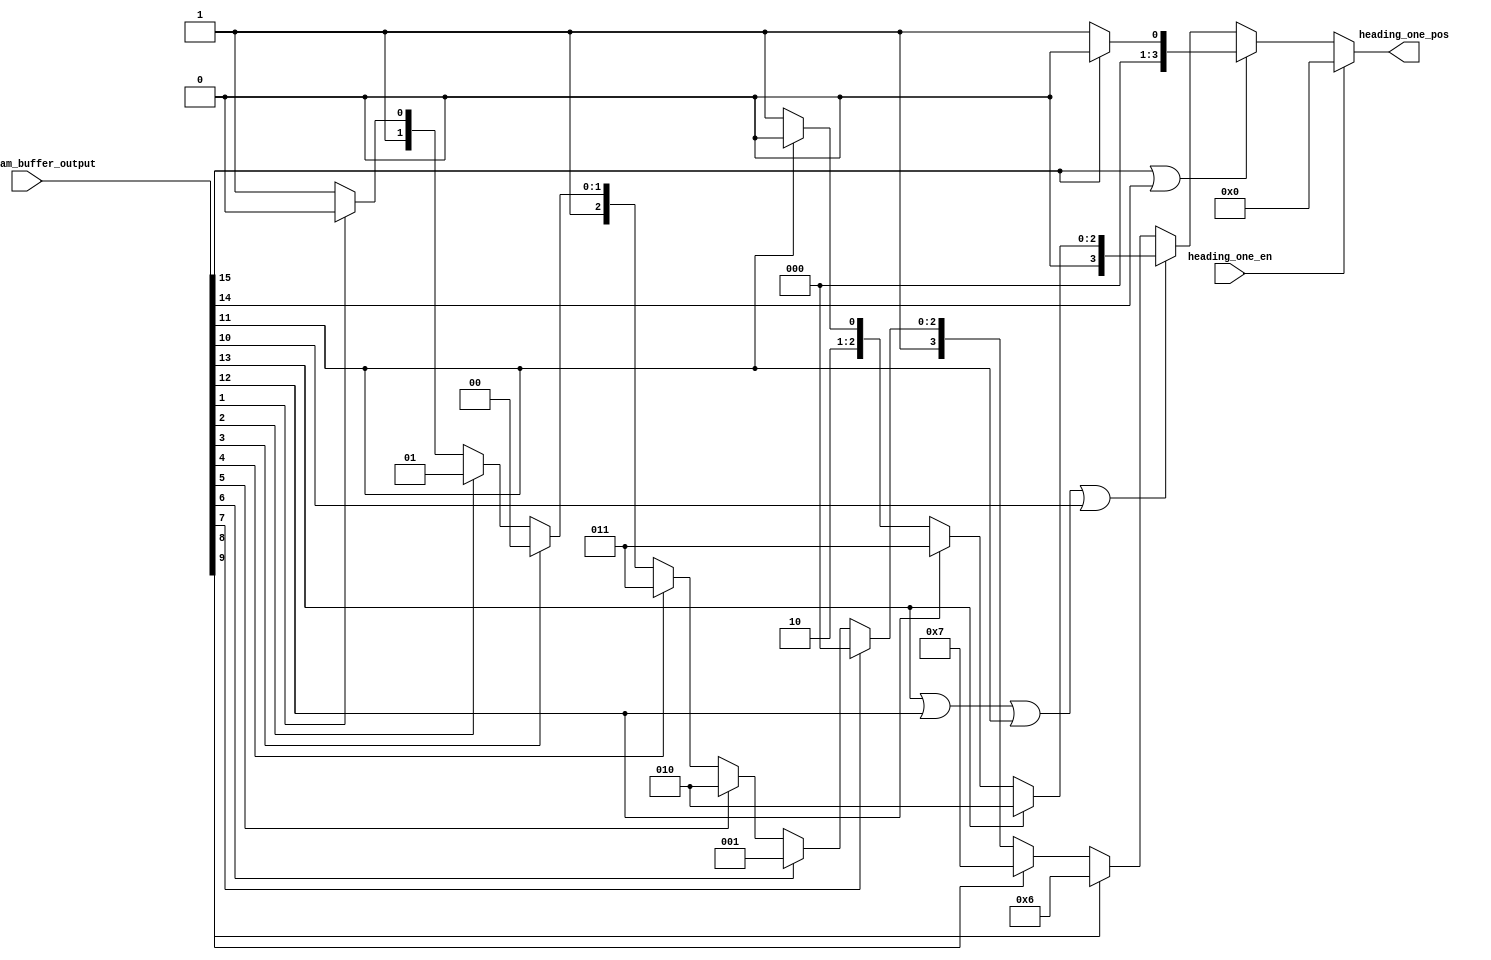
// SPDX-FileCopyrightText: 2022 Efabless Corporation
//
// Licensed under the Apache License, Version 2.0 (the "License");
// you may not use this file except in compliance with the License.
// You may obtain a copy of the License at
//
//      http://www.apache.org/licenses/LICENSE-2.0
//
// Unless required by applicable law or agreed to in writing, software
// distributed under the License is distributed on an "AS IS" BASIS,
// WITHOUT WARRANTIES OR CONDITIONS OF ANY KIND, either express or implied.
// See the License for the specific language governing permissions and
// limitations under the License.
// SPDX-License-Identifier: Apache-2.0

//-------------------------------------------------------------------------------------------------------
// Title    	: H.264/AVC Baseline Decoder
// Released 	: April 30, 2008
// Version 	: 1.0
// Availability	: https://opencores.org/projects/nova
//-------------------------------------------------------------------------------------------------------
// Design    	: heading_one_detector
// Co-Author(s) : Qi Yang Lim, Zhi Lin Tan, Zhuofan Lin, Zixian Guo
// Mentor	: Yang Wei Lim (https://scholar.google.com.my/citations?user=NURveMkAAAAJ&hl=en)
//-------------------------------------------------------------------------------------------------------
// Description 
// Priority based heading one detection
//-------------------------------------------------------------------------------------------------------

module heading_one_detector (
	input 			heading_one_en,
	input 	    [15:0] 	BitStream_buffer_output,
	output 	reg [3:0] 	heading_one_pos
);
	
	always @ (heading_one_en or BitStream_buffer_output) begin
		if (heading_one_en == 1'b0) 
		begin
			if (BitStream_buffer_output[15] == 1'b1 || BitStream_buffer_output[14] == 1'b1) 
			begin
				if (BitStream_buffer_output[15] == 1'b1)		heading_one_pos <= 0;
				else                                     		heading_one_pos <= 4'd1; 
			end
			else if (BitStream_buffer_output[13] == 1'b1 || BitStream_buffer_output[12] == 1'b1 || 
				BitStream_buffer_output[11] == 1'b1 || BitStream_buffer_output[10] == 1'b1) 
			begin
				if      (BitStream_buffer_output[13] == 1'b1)	heading_one_pos <= 4'd2;
				else if (BitStream_buffer_output[12] == 1'b1)	heading_one_pos <= 4'd3;
				else if (BitStream_buffer_output[11] == 1'b1)	heading_one_pos <= 4'd4;
				else                                          	heading_one_pos <= 4'd5;
			end
			else 
			begin
				if      (BitStream_buffer_output[9] == 1'b1)	heading_one_pos <= 4'd6;
				else if (BitStream_buffer_output[8] == 1'b1)	heading_one_pos <= 4'd7;
				else if (BitStream_buffer_output[7] == 1'b1)	heading_one_pos <= 4'd8;
				else if (BitStream_buffer_output[6] == 1'b1)	heading_one_pos <= 4'd9;
				else if (BitStream_buffer_output[5] == 1'b1)	heading_one_pos <= 4'd10; 
				else if (BitStream_buffer_output[4] == 1'b1)	heading_one_pos <= 4'd11;
				else if (BitStream_buffer_output[3] == 1'b1)	heading_one_pos <= 4'd12;
				else if (BitStream_buffer_output[2] == 1'b1)	heading_one_pos <= 4'd13;
				else if (BitStream_buffer_output[1] == 1'b1)	heading_one_pos <= 4'd14;
				else                                          	heading_one_pos <= 4'd15;
			end
		end
		else
			heading_one_pos <= 0;													
	end
endmodule